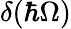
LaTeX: \delta(\hbar\Omega)